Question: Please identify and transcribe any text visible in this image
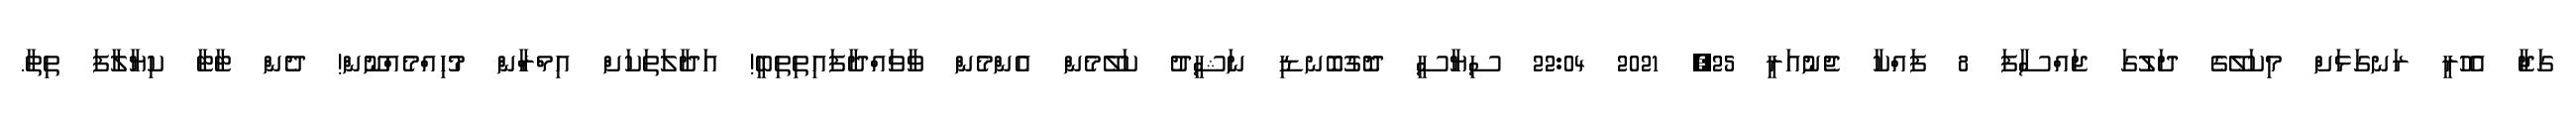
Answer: ގަޖާ އެހުރީ ރަނގަޅަށް މިކަލޭގެ ދަލުގަ ޖައްސާފަ 8 ފައްކާ ޖެނުއަރީ 25, 2021 22:04 ސިޔާސީ ދޮގުބޮނޑި ނަޝީދު ކަލޭމެން އެންމެން ވާވައްދާފައިތިތިބީ! އަދާލަތަކަށް އިމްރާްން މުހިއްމެއްނޫން! ދެން ޓާޓާ ކިޔާލާފަ ތިތާ.